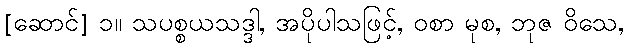
[ဆောင်] ၁။ သပစ္စယသဒ္ဒါ, အပိုပါသဖြင့်, ဝစာ မုစ, ဘုဇ ဝိသေ,